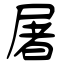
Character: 屠